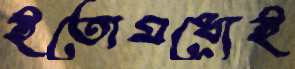
ইতোমধ্যেই